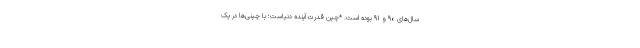
سال‌های ۹۰ و ۹۱ بوده است. *چین قدرت آینده دنیاست؛ با چینی‌ها در یک